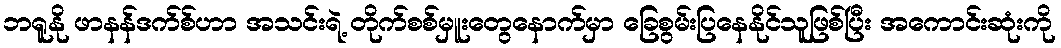
ဘရူနို ဖာနန်ဒက်စ်ဟာ အသင်းရဲ့ တိုက်စစ်မှူးတွေနောက်မှာ ခြေစွမ်းပြနေနိုင်သူဖြစ်ပြီး အကောင်းဆုံးကို